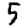
Digit: 5